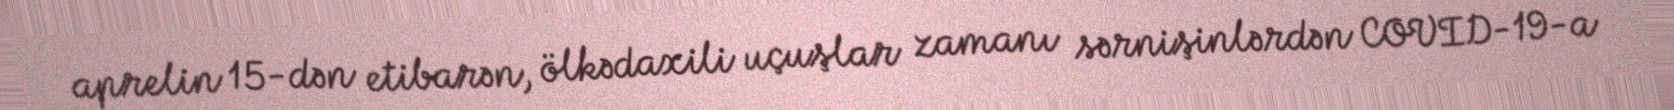
aprelin 15-dən etibarən, ölkədaxili uçuşlar zamanı sərnişinlərdən COVID-19-a